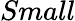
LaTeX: Small